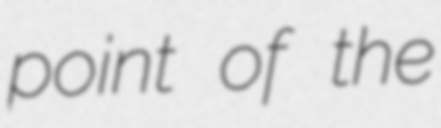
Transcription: point of the